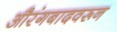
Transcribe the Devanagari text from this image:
औरंगबादवरून